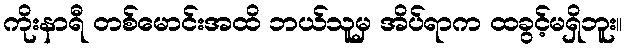
ကိုးနာရီ တစ်မောင်းအထိ ဘယ်သူမှ အိပ်ရာက ထခွင့်မရှိဘူး။